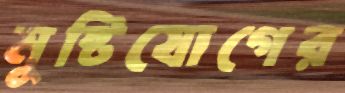
মুষ্টিযোগের